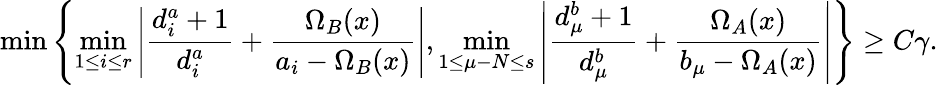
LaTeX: \operatorname*{min}\left\{ \operatorname*{min}_{1\leq i\leq r}\left|\frac{d_{i}^{a}+1}{d_{i}^{a}}+\frac{\Omega_{B}(x)}{a_{i}-\Omega_{B}(x)}\right|,\operatorname*{min}_{1\leq\mu-N\leq s}\left|\frac{d_{\mu}^{b}+1}{d_{\mu}^{b}}+\frac{\Omega_{A}(x)}{b_{\mu}-\Omega_{A}(x)}\right|\right\} \geq C\gamma.